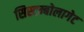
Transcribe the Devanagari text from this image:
सिस्टम्बोलागेट